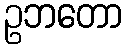
ဥဘတော